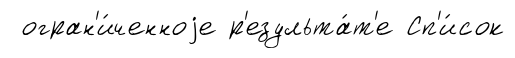
огран'и́ченноjе р'езульта́т'е Сп'и́сок